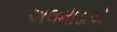
અલમીડાએ